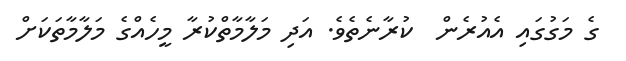
ގެ މަގުގައި އެއުރެން  ކުރާނެތެވެ. އަދި މަލާމާތްކުރާ މީހެއްގެ މަލާމާތަކަށް